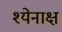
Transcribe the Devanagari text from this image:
श्येनाक्ष